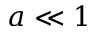
a \ll 1